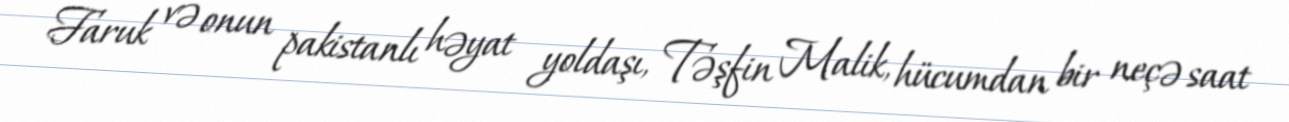
Faruk və onun pakistanlı həyat yoldaşı, Təşfin Malik, hücumdan bir neçə saat